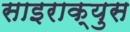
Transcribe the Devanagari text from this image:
साइराक्युस